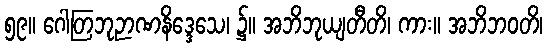
၅၉။ ဂေါတြဘုဉာဏနိဒ္ဒေသေ၊ ၌။ အဘိဘုယျတီတိ၊ ကား။ အဘိဘဝတိ၊